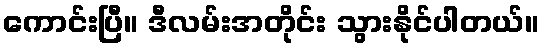
ကောင်းပြီ။ ဒီလမ်းအတိုင်း သွားနိုင်ပါတယ်။